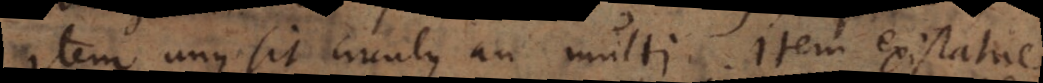
item unus sit circulus an multi. Item existatne